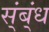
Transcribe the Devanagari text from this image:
स्ंब्ंध